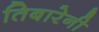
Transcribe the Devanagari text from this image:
तिबारेनी